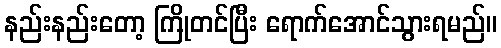
နည်းနည်းတော့ ကြိုတင်ပြီး ရောက်အောင်သွားရမည်။